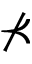
\nprec